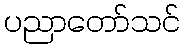
ပညာတော်သင်